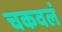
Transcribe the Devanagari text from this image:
चकवलं